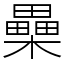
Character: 櫐